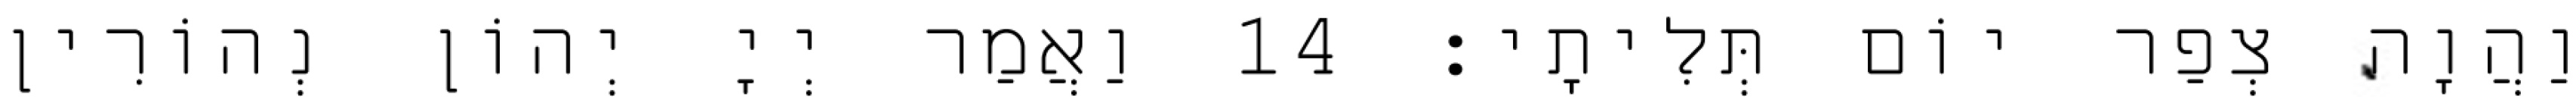
וַהֲוָה צְפַר יוֹם תְּלִיתָי׃ 14 וַאֲמַר יְיָ יְהוֹן נְהוֹרִין